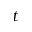
t